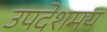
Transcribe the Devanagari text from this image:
उपदेशमय